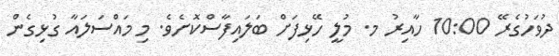
ދުވަހުގެރޭ 10:00 ހާއިރު މ. މުލީ ހޭޅިފަށް ބަލައިފާސްކޮށެވެ. މި މައްސަލައާ ގުޅިގެން